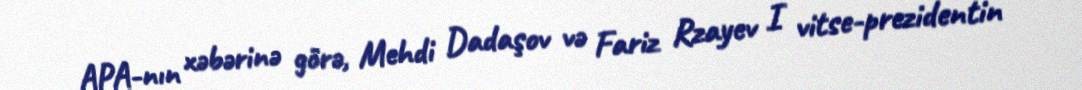
APA-nın xəbərinə görə, Mehdi Dadaşov və Fariz Rzayev I vitse-prezidentin